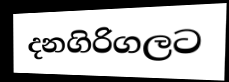
දනගිරිගලට